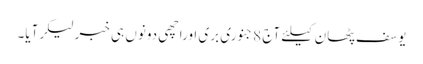
یوسف پٹھان کیلئے آج 8جنوری بری اوراچھی دونوں ہی خبرلیکرآیا۔